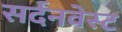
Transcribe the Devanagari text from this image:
सर्दनवेस्ट